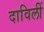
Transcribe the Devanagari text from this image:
दाविलीं